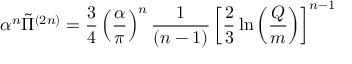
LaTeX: \alpha ^ { n } \tilde { \Pi } ^ { ( 2 n ) } = \frac { 3 } { 4 } \left( \frac { \alpha } { \pi } \right) ^ { n } \frac { 1 } { ( n - 1 ) } \left[ \frac { 2 } { 3 } \ln \left( \frac { Q } { m } \right) \right] ^ { n - 1 }